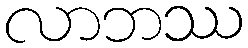
လာဘဿ